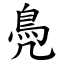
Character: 鳧